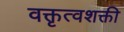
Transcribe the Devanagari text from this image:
वक्तृत्वशक्ती